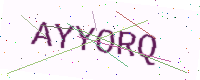
Text: AYYORQ